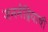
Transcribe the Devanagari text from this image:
जननेंद्रियाची